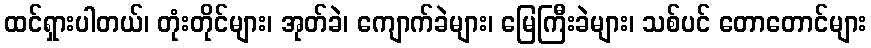
ထင်ရှားပါတယ်၊ တုံးတိုင်များ၊ အုတ်ခဲ၊ ကျောက်ခဲများ၊ မြေကြီးခဲများ၊ သစ်ပင် တောတောင်များ